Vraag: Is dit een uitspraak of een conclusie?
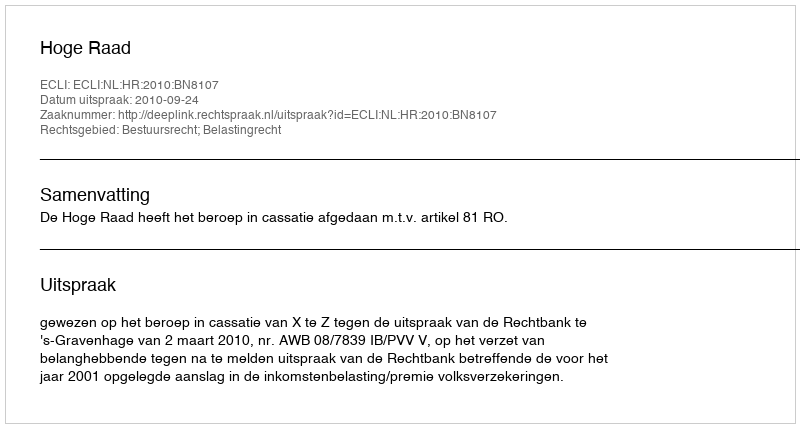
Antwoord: Uitspraak